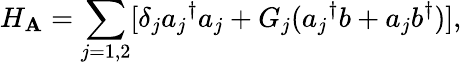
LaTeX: H_{\mathbf{A}}=\sum_{j=1,2}[\delta_{j}{a_{j}}^{\dagger}a_{j}+G_{j}({a_{j}}^{\dagger}b+a_{j}b^{\dagger})],